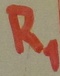
Text: R1